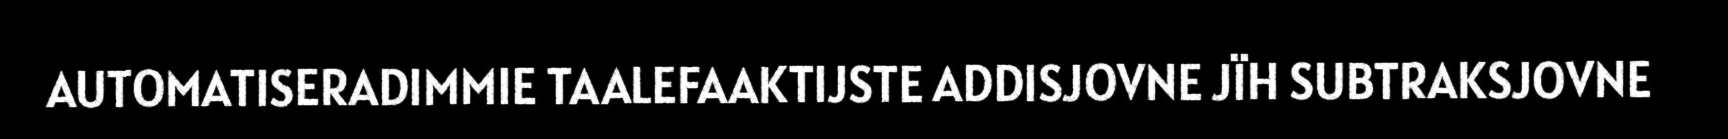
AUTOMATISERADIMMIE TAALEFAAKTIJSTE ADDISJOVNE JÏH SUBTRAKSJOVNE